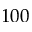
1 0 0